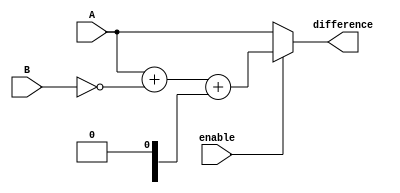
module ripple_carry_subtractor(
    input [3:0] A,
    input [3:0] B,
    input enable,
    output [3:0] difference
);

wire [3:0] borrow;
wire [3:0] binvertB;
wire [3:0] add_one;

assign borrow[0] = 1'b0;
assign binvertB = ~B;
assign add_one = {4{1'b1}};

assign difference = enable ? {A} + {binvertB} + {borrow} : A;

endmodule